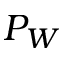
P _ { W }